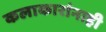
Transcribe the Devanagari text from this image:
कलाकारांनाही